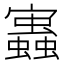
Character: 𧔃